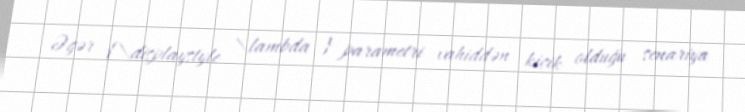
Əgər {\displaystyle \lambda } parametri vahiddən kiçik olduğu senariya